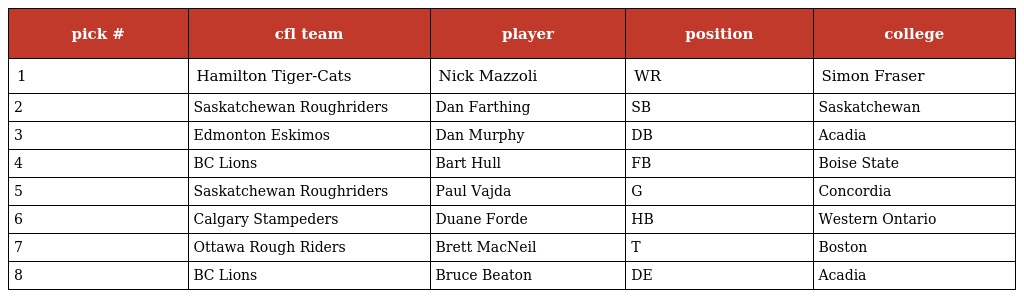
| pick # | cfl team | player | position | college |
 | --- | --- | --- | --- | --- |
 | 1 | Hamilton Tiger-Cats | Nick Mazzoli | WR | Simon Fraser |
 | 2 | Saskatchewan Roughriders | Dan Farthing | SB | Saskatchewan |
 | 3 | Edmonton Eskimos | Dan Murphy | DB | Acadia |
 | 4 | BC Lions | Bart Hull | FB | Boise State |
 | 5 | Saskatchewan Roughriders | Paul Vajda | G | Concordia |
 | 6 | Calgary Stampeders | Duane Forde | HB | Western Ontario |
 | 7 | Ottawa Rough Riders | Brett MacNeil | T | Boston |
 | 8 | BC Lions | Bruce Beaton | DE | Acadia |